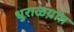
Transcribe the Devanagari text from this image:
धुराळय़ात